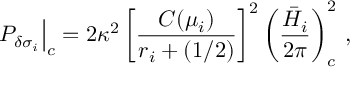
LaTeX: \left. { \cal P } _ { \delta \sigma _ { i } } \right| _ { c } = 2 \kappa ^ { 2 } \left[ { \frac { C ( \mu _ { i } ) } { r _ { i } + ( 1 / 2 ) } } \right] ^ { 2 } \left( { \frac { \bar { H } _ { i } } { 2 \pi } } \right) _ { c } ^ { 2 } \, ,